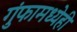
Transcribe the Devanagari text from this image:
गुंफामध्येही